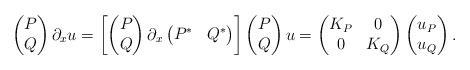
LaTeX: \begin{align*}\begin{pmatrix} P \\ Q\end{pmatrix}\partial_x u = \left[\begin{pmatrix} P \\ Q\end{pmatrix}\partial_x\begin{pmatrix} P^* & Q^*\end{pmatrix} \right]\begin{pmatrix} P \\ Q\end{pmatrix} u = \begin{pmatrix} K_P & 0 \\ 0 & K_Q\end{pmatrix} \begin{pmatrix} u_P \\ u_Q\end{pmatrix}.\end{align*}